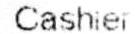
CASHIER